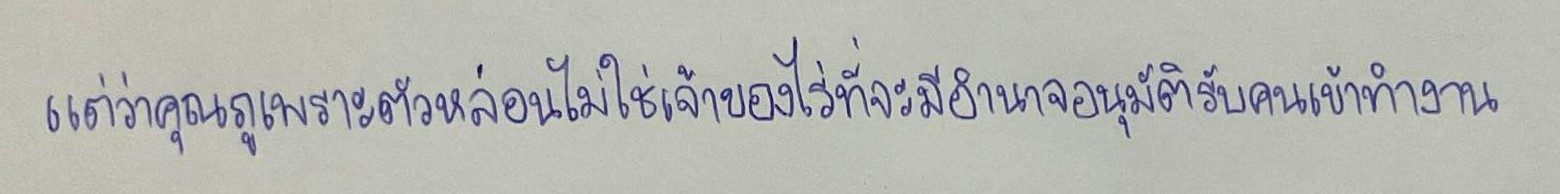
แต่ว่าคุณภูเพราะตัวหล่อนไม่ใช่เจ้าของไร่ที่จะมีอำนาจอนุมัติรับคนเข้าทำงาน